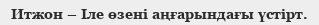
Итжон – Іле өзені аңғарындағы үстірт.